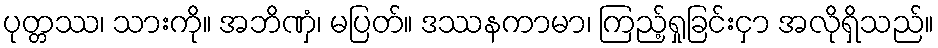
ပုတ္တဿ၊ သားကို။ အဘိဏှံ၊ မပြတ်။ ဒဿနကာမာ၊ ကြည့်ရှုခြင်းငှာ အလိုရှိသည်။